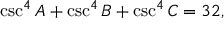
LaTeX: \csc ^ { 4 } A + \csc ^ { 4 } B + \csc ^ { 4 } C = 3 2 ,